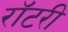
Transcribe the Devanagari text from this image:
रॉटरी